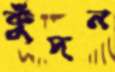
কুঁদন